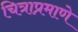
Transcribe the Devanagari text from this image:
चित्राप्रमाणे